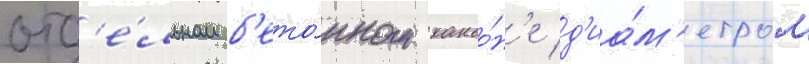
отд'е́льном б'ето́нном каньо́н'е д'иа́м'етром